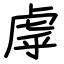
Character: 虖